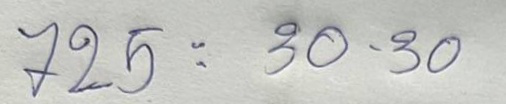
725 = 30 - 30